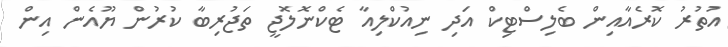
އުތުރު ކޮރެއާއިން ބެލިސްޓިކް އަދި ނިއުކްލިއާ ޓެކްނޮލޮޖީ ތަޖުރިބާ ކުރުން ޔޫއެން އިން